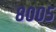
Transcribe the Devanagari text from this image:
८००५